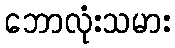
ဘောလုံးသမား